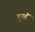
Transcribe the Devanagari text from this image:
हुएहैं